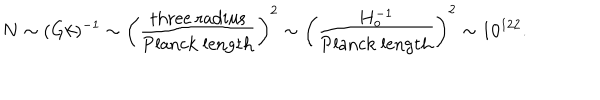
LaTeX: N \sim ( G k ) ^ { - 1 } \sim \left( { \frac { \mathrm { t h r e e \ r a d i u s } } { \mathrm { P l a n c k \ l e n g t h } } } \right) ^ { 2 } \sim \left( { \frac { H _ { o } ^ { - 1 } } { \mathrm { P l a n c k \ l e n g t h } } } \right) ^ { 2 } \sim 1 0 ^ { 1 2 2 } .